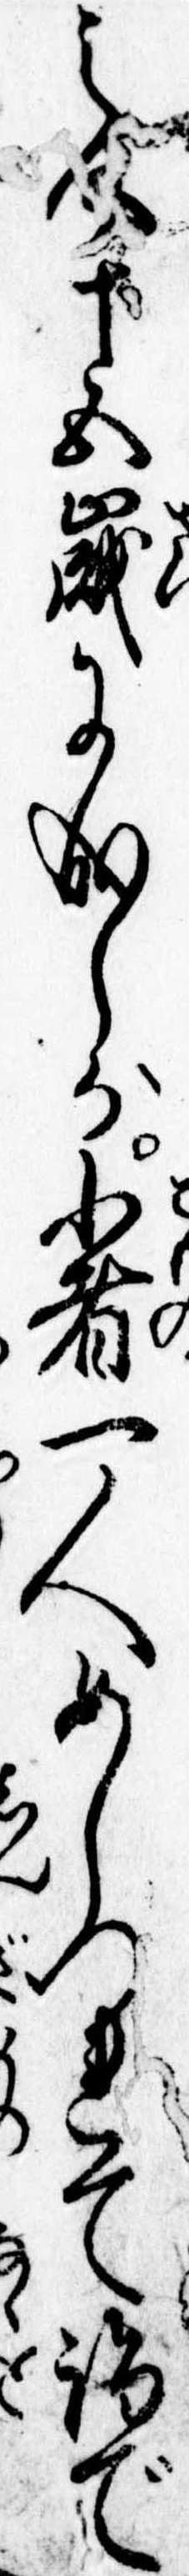
之介十五歳に成しが小者一人めしつれて詣で